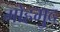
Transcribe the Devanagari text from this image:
मोहमुद